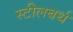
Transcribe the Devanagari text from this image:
स्टीलबर्थ